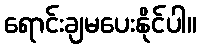
ရောင်းချမပေးနိုင်ပါ။